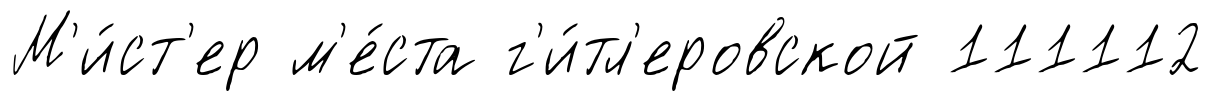
М'и́ст'ер м'е́ста г'и́тл'еровской 111112